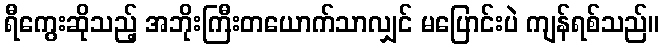
ရီကွေးဆိုသည့် အဘိုးကြီးတယောက်သာလျှင် မပြောင်းပဲ ကျန်ရစ်သည်။